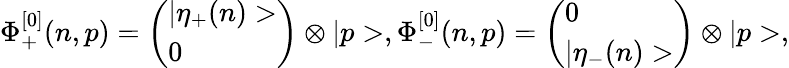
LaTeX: \Phi_{+}^{[0]}(n,p)=\left(\begin{array}{l}{{|\eta_{+}(n)>}}\\ {{0}}\end{array}\right)\otimes|p>,\Phi_{-}^{[0]}(n,p)=\left(\begin{array}{l}{{0}}\\ {{|\eta_{-}(n)>}}\end{array}\right)\otimes|p>,